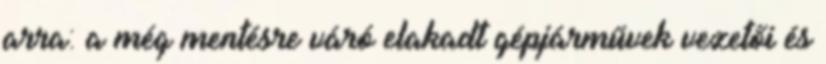
arra: a még mentésre váró elakadt gépjárművek vezetői és